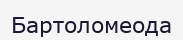
Бартоломеода